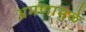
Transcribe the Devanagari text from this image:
भ्रमणामुळे